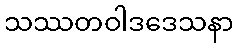
သဿတဝါဒဒေသနာ